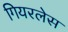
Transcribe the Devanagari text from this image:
गियरलेस